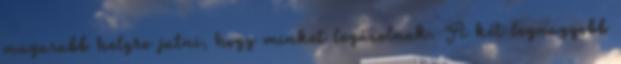
magasabb helyre jutni, hogy minket legázolnak. A két legnagyobb